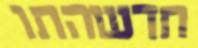
חדשהתו